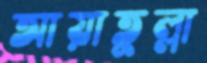
আয়াতুল্লা